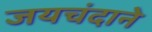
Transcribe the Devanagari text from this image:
जयचंदाने